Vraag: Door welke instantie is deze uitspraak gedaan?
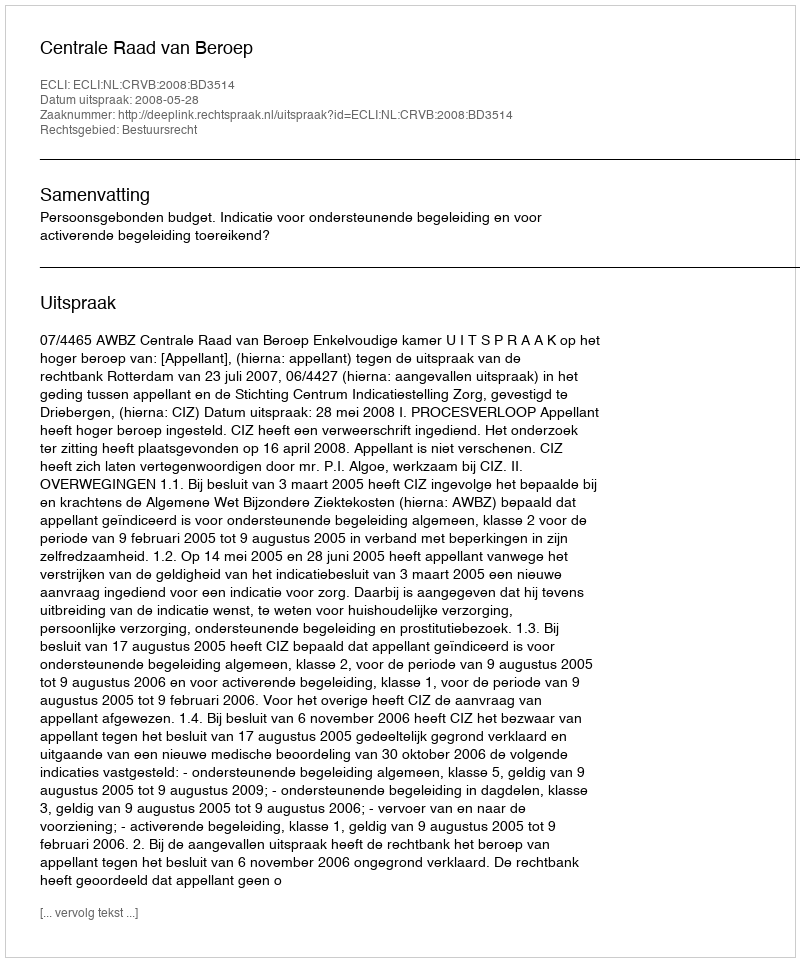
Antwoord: Centrale Raad van Beroep